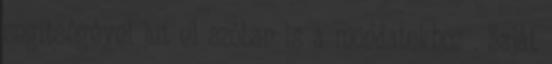
segítségével jut el szóban is a mondatokhoz . Saját